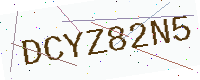
Text: DCYZ82N5